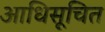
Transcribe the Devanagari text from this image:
आधिसूचित